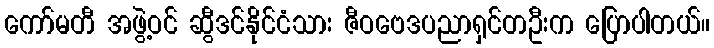
ကော်မတီ အဖွဲ့ဝင် ဆွီဒင်နိုင်ငံသား ဇီဝဗေဒပညာရှင်တဦးက ပြောပါတယ်။